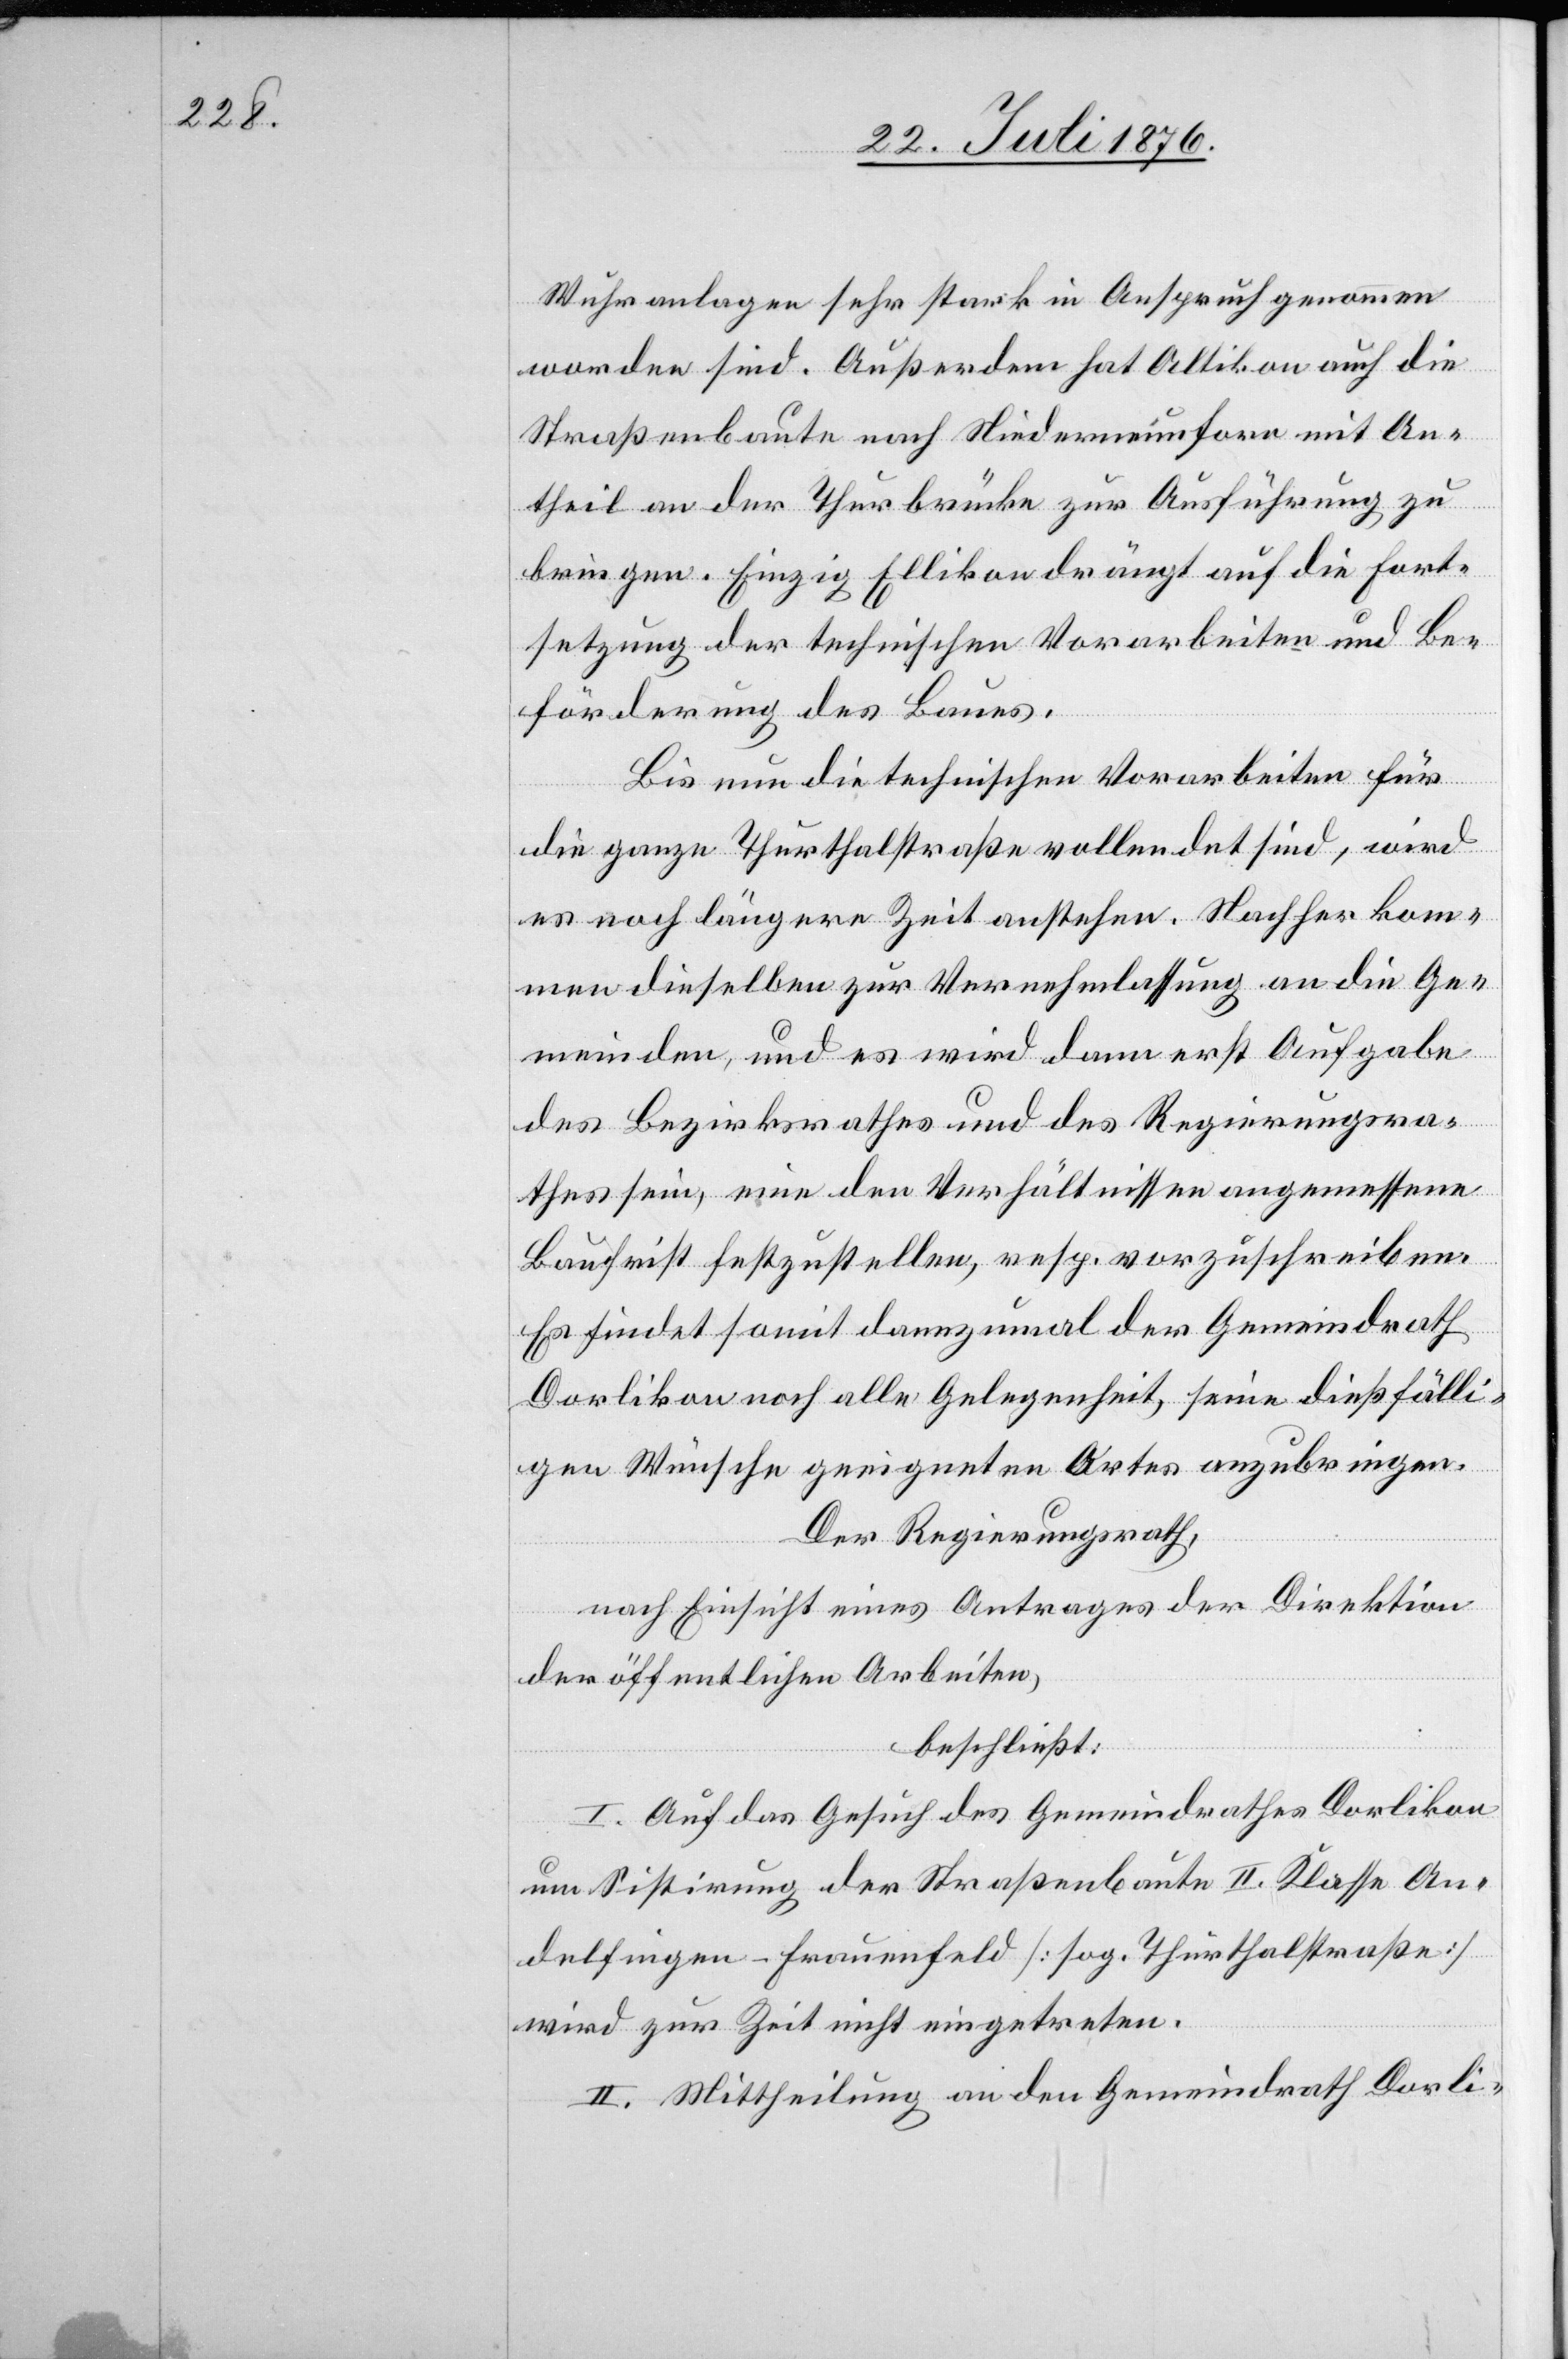
Wuhranlagen sehr stark in Anspruch genommen
worden sind. Außerdem hat Altikon auch die
Straßenbaute nach Niederneunforn mit An¬
theil an der Thurbrücke zur Ausführung zu
bringen. Einzig Ellikon drängt auf die Fort¬
setzung der technischen Vorarbeiten und Be¬
förderung des Baues.
Bis nun die technischen Vorarbeiten für
die ganze Thurthalstraße vollendet sind, wird
es noch längere Zeit anstehen. Nachher kom¬
men dieselben zur Vernehmlassung an die Ge¬
meinden, und es wird dann erst Aufgabe
des Bezirksrathes und des Regierungsra¬
thes sein, eine den Verhältnissen angemessene
Baufrist festzustellen, resp. vorzuschreiben.
Es findet somit dannzumal der Gemeindrath
Dorlikon noch alle Gelegenheit, seine dießfälli¬
gen Wünsche geeigneten Ortes anzubringen.
Der Regierungsrath,
nach Einsicht eines Antrages der Direktion
der öffentlichen Arbeiten,
beschließt:
I. Auf das Gesuch des Gemeindrathes Dorlikon
um Sistirung der Straßenbaute II. Klasse An¬
delfingen–Frauenfeld [sog. Thurthalstraße]
wird zur Zeit nicht eingetreten.
II. Mittheilung an den Gemeindrath Dorli-